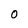
Character: 0